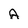
Character: A